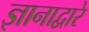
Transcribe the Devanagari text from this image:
ज्ञानाद्वारे